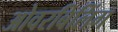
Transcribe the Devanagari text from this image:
ओवरबिलिंग